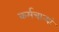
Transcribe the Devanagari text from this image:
कर्मचाऱ्यां